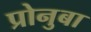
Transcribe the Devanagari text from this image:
प्रोनुबा